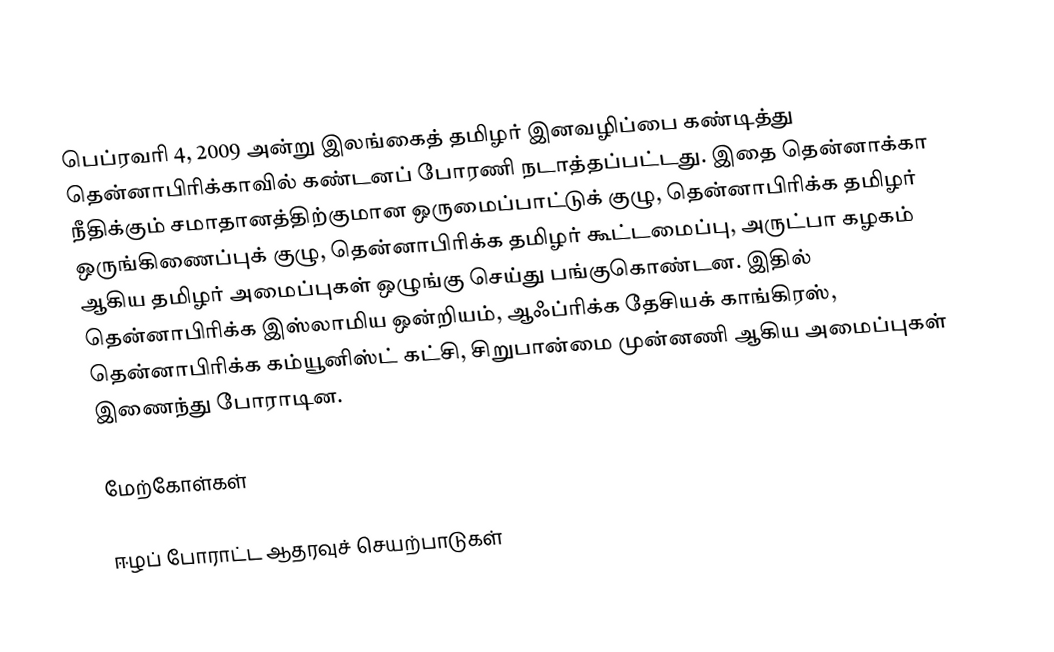
பெப்ரவரி 4, 2009 அன்று இலங்கைத் தமிழர் இனவழிப்பை கண்டித்து தென்னாபிரிக்காவில் கண்டனப் போரணி நடாத்தப்பட்டது.  இதை தென்னாக்கா நீதிக்கும் சமாதானத்திற்குமான ஒருமைப்பாட்டுக் குழு, தென்னாபிரிக்க தமிழர் ஒருங்கிணைப்புக் குழு, தென்னாபிரிக்க தமிழர் கூட்டமைப்பு, அருட்பா கழகம்  ஆகிய தமிழர் அமைப்புகள் ஒழுங்கு செய்து பங்குகொண்டன.  இதில்  தென்னாபிரிக்க இஸ்லாமிய ஒன்றியம், ஆஃப்ரிக்க தேசியக் காங்கிரஸ், தென்னாபிரிக்க கம்யூனிஸ்ட் கட்சி, சிறுபான்மை முன்னணி ஆகிய அமைப்புகள் இணைந்து போராடின.

மேற்கோள்கள்

ஈழப் போராட்ட ஆதரவுச் செயற்பாடுகள்